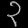
Digit: ၃